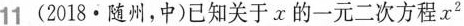
11(2018·随州，中)已知关于x的一元二次方程$$x ^ { 2 }